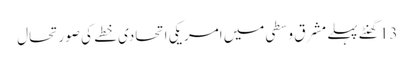
13 گھنٹے پہلے	مشرق وسطی میں امریکی اتحادی خطے کی صورتحال